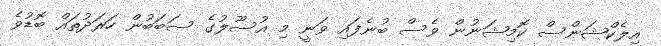
އިލެކްޝަންސް ކޮމިޝަނުން ވެސް ބުނެފައި ވަނީ މި އުސޫލުގެ ސަބަބުން ހަރަދުތައް ބޮޑުވެ